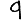
Digit: 9